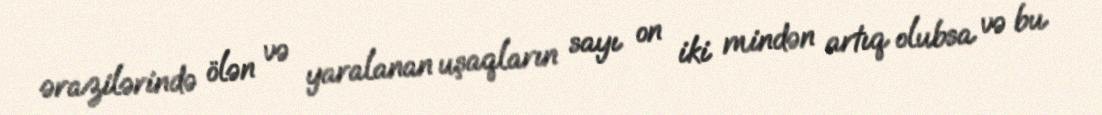
ərazilərində ölən və yaralanan uşaqların sayı on iki mindən artıq olubsa və bu